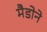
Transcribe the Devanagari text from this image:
मैडोने